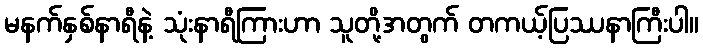
မနက်နှစ်နာရီနဲ့ သုံးနာရီကြားဟာ သူတို့အတွက် တကယ့်ပြဿနာကြီးပါ။